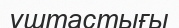
ұштастығы